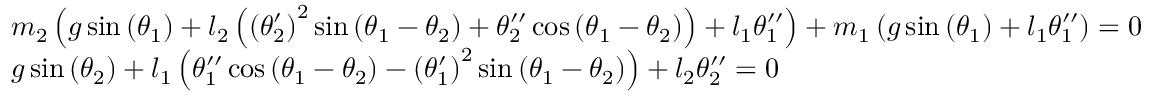
{ \begin{array} { l } { m _ { 2 } \left( g \sin \left( \theta _ { 1 } \right) + l _ { 2 } \left( \left( \theta _ { 2 } ^ { \prime } \right) ^ { 2 } \sin \left( \theta _ { 1 } - \theta _ { 2 } \right) + \theta _ { 2 } ^ { \prime \prime } \cos \left( \theta _ { 1 } - \theta _ { 2 } \right) \right) + l _ { 1 } \theta _ { 1 } ^ { \prime \prime } \right) + m _ { 1 } \left( g \sin \left( \theta _ { 1 } \right) + l _ { 1 } \theta _ { 1 } ^ { \prime \prime } \right) = 0 } \\ { g \sin \left( \theta _ { 2 } \right) + l _ { 1 } \left( \theta _ { 1 } ^ { \prime \prime } \cos \left( \theta _ { 1 } - \theta _ { 2 } \right) - \left( \theta _ { 1 } ^ { \prime } \right) ^ { 2 } \sin \left( \theta _ { 1 } - \theta _ { 2 } \right) \right) + l _ { 2 } \theta _ { 2 } ^ { \prime \prime } = 0 } \end{array} }